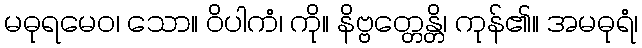
မဓုရမေဝ၊ သော။ ဝိပါကံ၊ ကို။ နိဗ္ဗတ္တေန္တိ၊ ကုန်၏။ အမဓုရံ၊